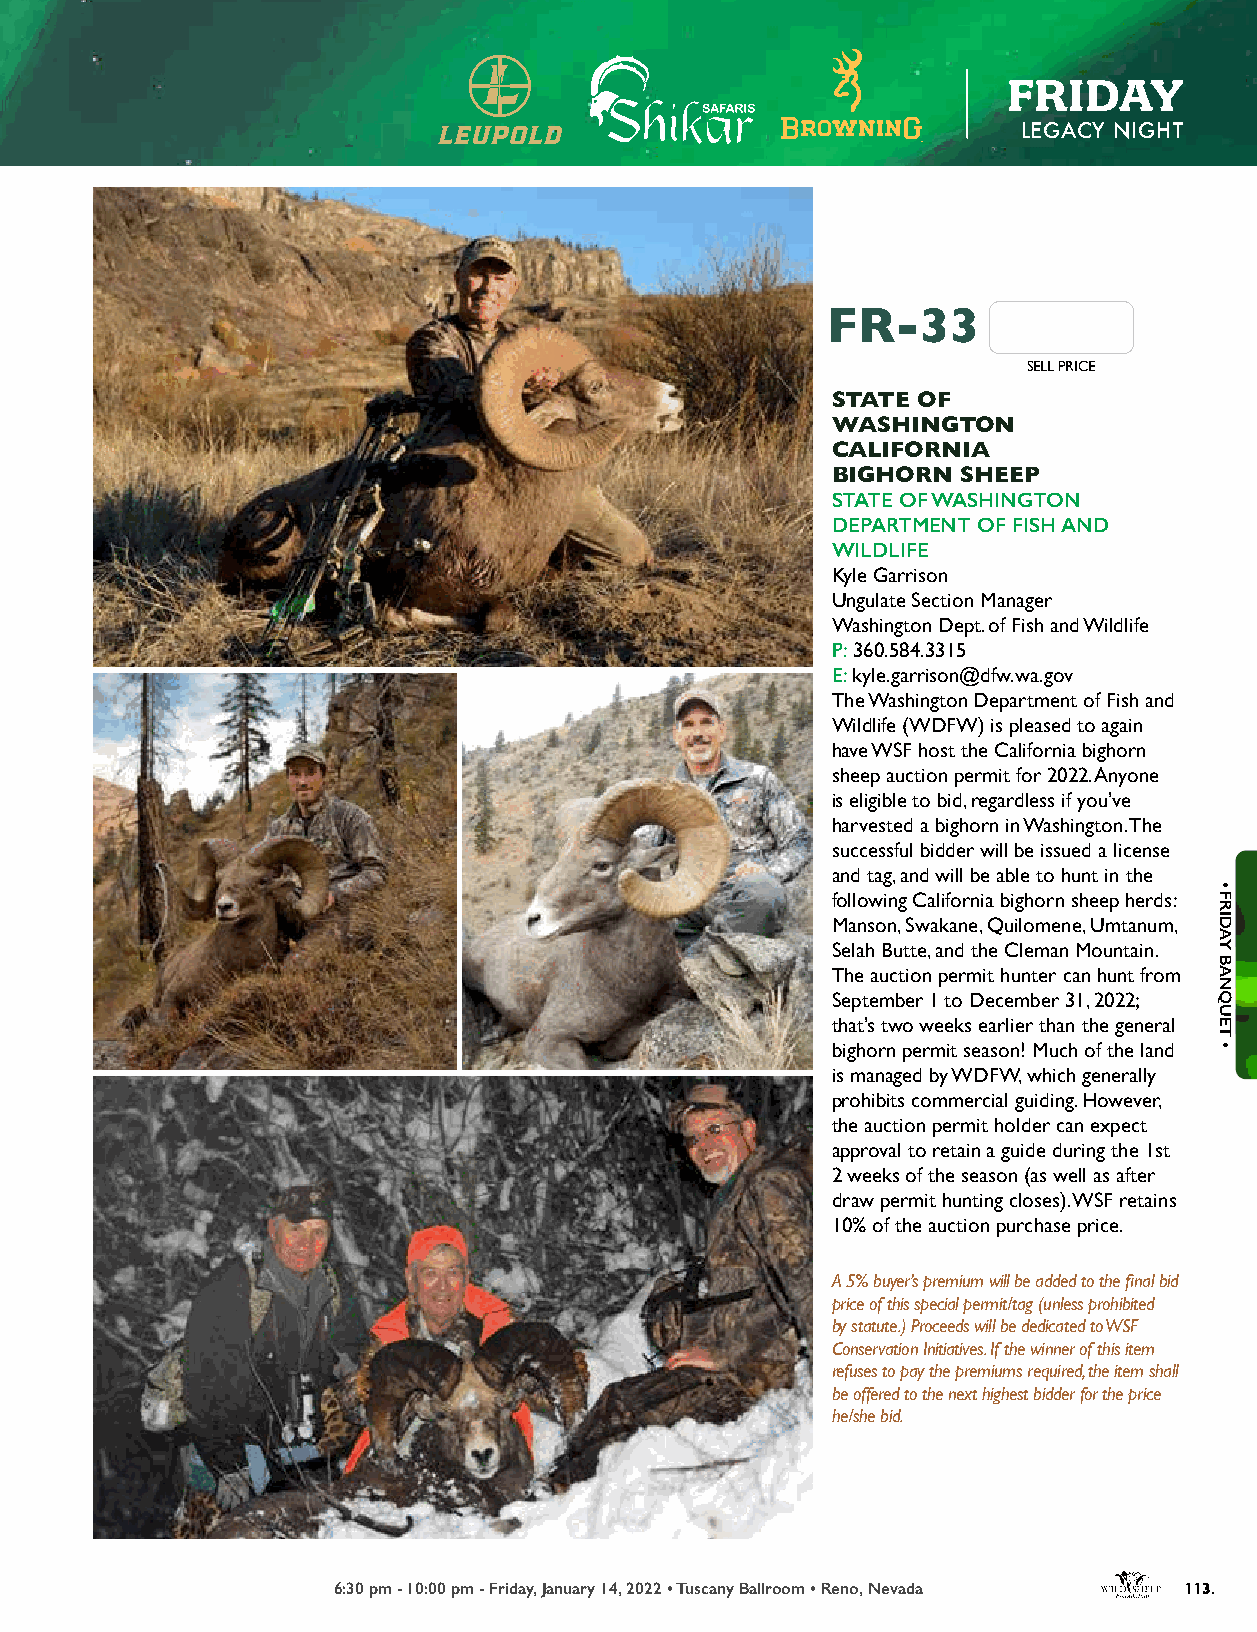
FRIDAY
 LEGACY NIGHT
 FR-33
 SELL PRICE
 STATE OF
 WASHINGTON
 CALIFORNIA
 BIGHORN  SHEEP
 STATE OF WASHINGTON
 DEPARTMENT OF FISH AND
 WILDLIFE
 Kyle Garrison
 Ungulate Section Manager
 Washington Dept. of Fish and Wildlife
 P: 360.584.3315
 E: kyle.garrison@dfw.wa.gov
 The Washington Department of Fish and
 Wildlife (WDFW) is pleased to again
 have WSF host the California bighorn
 sheep auction permit for 2022. Anyone
 is eligible to bid, regardless if you’ve
 harvested a bighorn in Washington. The
 successful bidder will be issued a license
 and tag, and will be able to hunt in the
 following California bighorn sheep herds:
 Manson, Swakane, Quilomene, Umtanum,
 Selah Butte, and the Cleman Mountain.
 The auction permit hunter can hunt from
 September 1 to December 31, 2022;
 that’s two weeks earlier than the general
 bighorn permit season! Much of the land
 is managed by WDFW, which generally
 prohibits commercial guiding. However,
 the auction permit holder can expect
 approval to retain a guide during the 1st
 2 weeks of the season (as well as after
 draw permit hunting closes). WSF retains
 10% of the auction purchase price.
 A 5% buyer’s premium will be added to the final bid
 price of this special permit/tag (unless prohibited
 by statute.) Proceeds will be dedicated to WSF
 Conservation Initiatives. If the winner of this item
 refuses to pay the premiums required, the item shall
 be offered to the next highest bidder for the price
 he/she bid.
 6:30 pm - 10:00 pm - Friday, January 14, 2022 • Tuscany Ballroom • Reno, Nevada 113.
 •
 FRIDAY
 BANQUET
 •